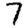
Digit: 7